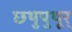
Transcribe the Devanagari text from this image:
छथुपुथूर्